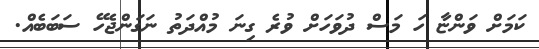
ކަމަށް ވަންޏާ ހަ މަސް ދުވަހަށް ވުރެ ގިނަ މުއްދަތު ނަގަންޖެހޭ ސަބަބެއް.